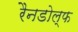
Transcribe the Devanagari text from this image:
रैनडोल्फ